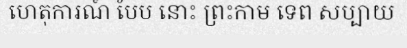
ហេតុការណ៍ បែប នោះ ព្រះកាម ទេព សប្បាយ